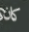
كان